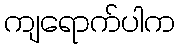
ကျရောက်ပါက